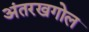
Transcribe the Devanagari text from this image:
अंतरखगोल